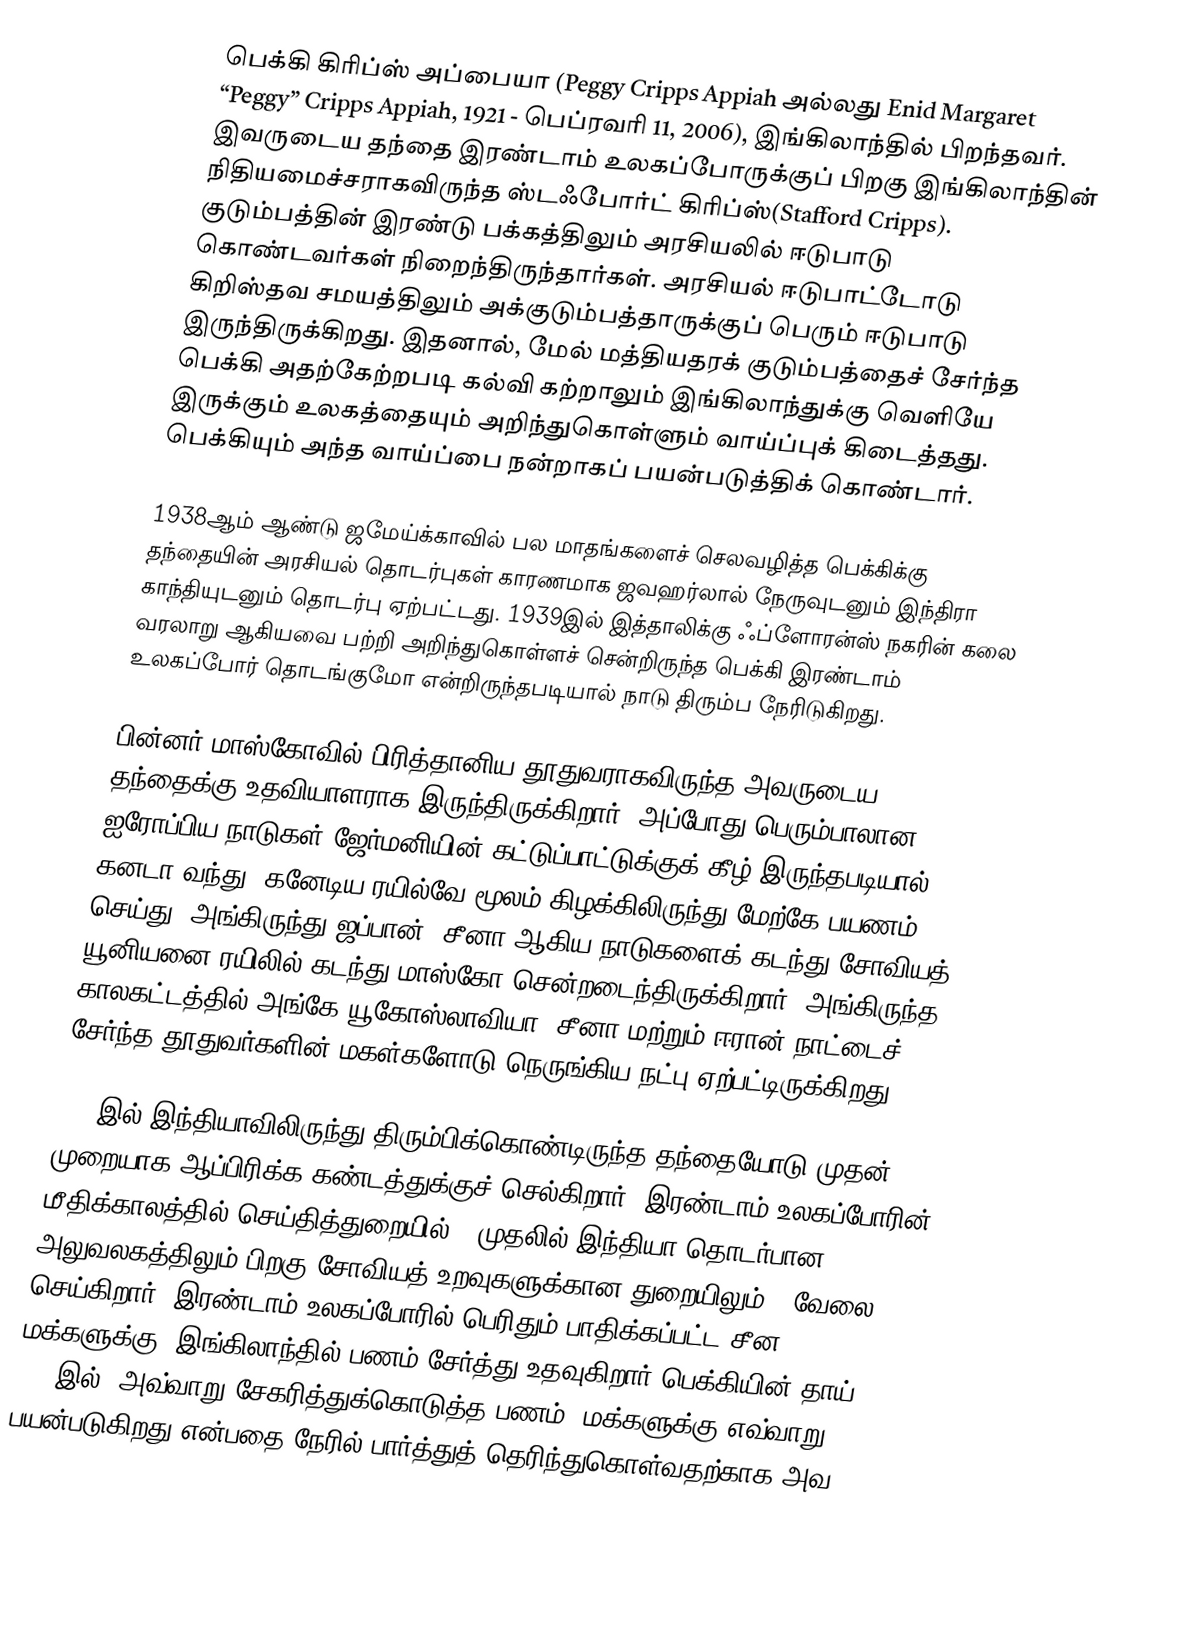
பெக்கி கிரிப்ஸ் அப்பையா (Peggy Cripps Appiah அல்லது Enid Margaret “Peggy” Cripps Appiah, 1921 - பெப்ரவரி 11, 2006), இங்கிலாந்தில் பிறந்தவர். இவருடைய தந்தை இரண்டாம் உலகப்போருக்குப் பிறகு இங்கிலாந்தின் நிதியமைச்சராகவிருந்த ஸ்டஃபோர்ட் கிரிப்ஸ்(Stafford Cripps). குடும்பத்தின் இரண்டு பக்கத்திலும் அரசியலில் ஈடுபாடு கொண்டவர்கள் நிறைந்திருந்தார்கள். அரசியல் ஈடுபாட்டோடு கிறிஸ்தவ சமயத்திலும் அக்குடும்பத்தாருக்குப் பெரும் ஈடுபாடு இருந்திருக்கிறது. இதனால், மேல் மத்தியதரக் குடும்பத்தைச் சேர்ந்த பெக்கி அதற்கேற்றபடி கல்வி கற்றாலும் இங்கிலாந்துக்கு வெளியே இருக்கும் உலகத்தையும் அறிந்துகொள்ளும் வாய்ப்புக் கிடைத்தது. பெக்கியும் அந்த வாய்ப்பை நன்றாகப் பயன்படுத்திக் கொண்டார்.

1938ஆம் ஆண்டு ஜமேய்க்காவில் பல மாதங்களைச் செலவழித்த பெக்கிக்கு தந்தையின் அரசியல் தொடர்புகள் காரணமாக ஜவஹர்லால் நேருவுடனும் இந்திரா காந்தியுடனும் தொடர்பு ஏற்பட்டது. 1939இல் இத்தாலிக்கு ஃப்ளோரன்ஸ் நகரின் கலை வரலாறு ஆகியவை பற்றி அறிந்துகொள்ளச் சென்றிருந்த பெக்கி இரண்டாம் உலகப்போர் தொடங்குமோ என்றிருந்தபடியால் நாடு திரும்ப நேரிடுகிறது.

பின்னர் மாஸ்கோவில் பிரித்தானிய தூதுவராகவிருந்த அவருடைய தந்தைக்கு உதவியாளராக இருந்திருக்கிறார். அப்போது பெரும்பாலான ஐரோப்பிய நாடுகள் ஜேர்மனியின் கட்டுப்பாட்டுக்குக் கீழ் இருந்தபடியால் கனடா வந்து, கனேடிய ரயில்வே மூலம் கிழக்கிலிருந்து மேற்கே பயணம் செய்து, அங்கிருந்து ஜப்பான், சீனா ஆகிய நாடுகளைக் கடந்து சோவியத் யூனியனை ரயிலில் கடந்து மாஸ்கோ சென்றடைந்திருக்கிறார். அங்கிருந்த காலகட்டத்தில் அங்கே யூகோஸ்லாவியா, சீனா மற்றும் ஈரான் நாட்டைச் சேர்ந்த தூதுவர்களின் மகள்களோடு நெருங்கிய நட்பு ஏற்பட்டிருக்கிறது.

1942இல் இந்தியாவிலிருந்து திரும்பிக்கொண்டிருந்த தந்தையோடு முதன் முறையாக ஆப்பிரிக்க கண்டத்துக்குச் செல்கிறார். இரண்டாம் உலகப்போரின் மீதிக்காலத்தில் செய்தித்துறையில் - முதலில் இந்தியா தொடர்பான அலுவலகத்திலும் பிறகு சோவியத் உறவுகளுக்கான துறையிலும் - வேலை செய்கிறார். இரண்டாம் உலகப்போரில் பெரிதும் பாதிக்கப்பட்ட சீன மக்களுக்கு, இங்கிலாந்தில் பணம் சேர்த்து உதவுகிறார் பெக்கியின் தாய். 1948இல், அவ்வாறு சேகரித்துக்கொடுத்த பணம், மக்களுக்கு எவ்வாறு பயன்படுகிறது என்பதை நேரில் பார்த்துத் தெரிந்துகொள்வதற்காக அவ